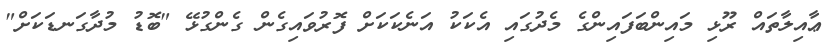
ޢާއިލާތައް ރޫޅި މައިންބަފައިންގެ މެދުގައި އެކަކު އަނެކަކަށް ފޮރުވައިގެން ގެންގުޅޭ "ބޮޑު މުދާގަނޑަކަށް"